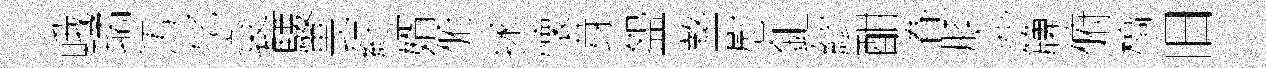
峨璚汚忆袞騕畏紆婿俯拯懐芽盌盩慰鉅繆酣眷膝窕簰俯槁旧